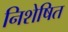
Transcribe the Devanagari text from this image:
निशेषित